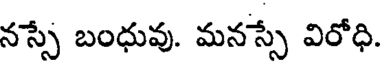
నస్సే బంధువు. మనస్సే విరోధి.